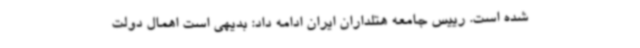
شده است. رییس جامعه هتلداران ایران ادامه داد: بدیهی است اهمال دولت